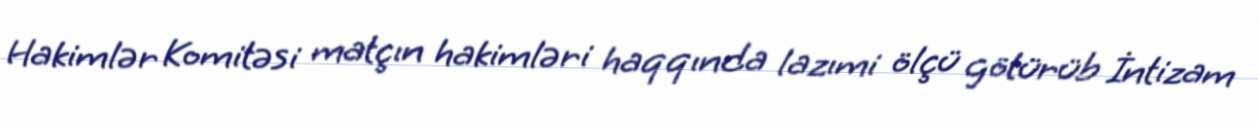
Hakimlər Komitəsi matçın hakimləri haqqında lazımi ölçü götürüb İntizam